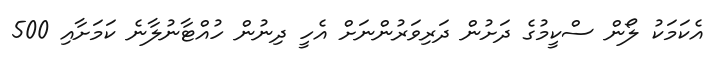
އެކަމަކު ލޯން ސްކީމުގެ ދަށުން ދަރިވަރުންނަށް އެހީ ދިނުން ހުއްޓާނުލާނެ ކަމަށާއި 500